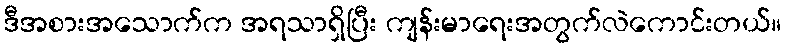
ဒီအစားအသောက်က အရသာရှိပြီး ကျန်းမာရေးအတွက်လဲကောင်းတယ်။